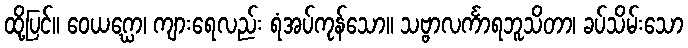
ထို့ပြင်။ ဝေယဂ္ဃော၊ ကျားရေလည်း ရံအပ်ကုန်သော။ သဗ္ဗာလင်္ကာရဘူသိတာ၊ ခပ်သိမ်းသော